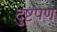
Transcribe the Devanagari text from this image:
दुष्टपण